Medical and sanitary report on the native army of Bombay for the year
Year: 1879
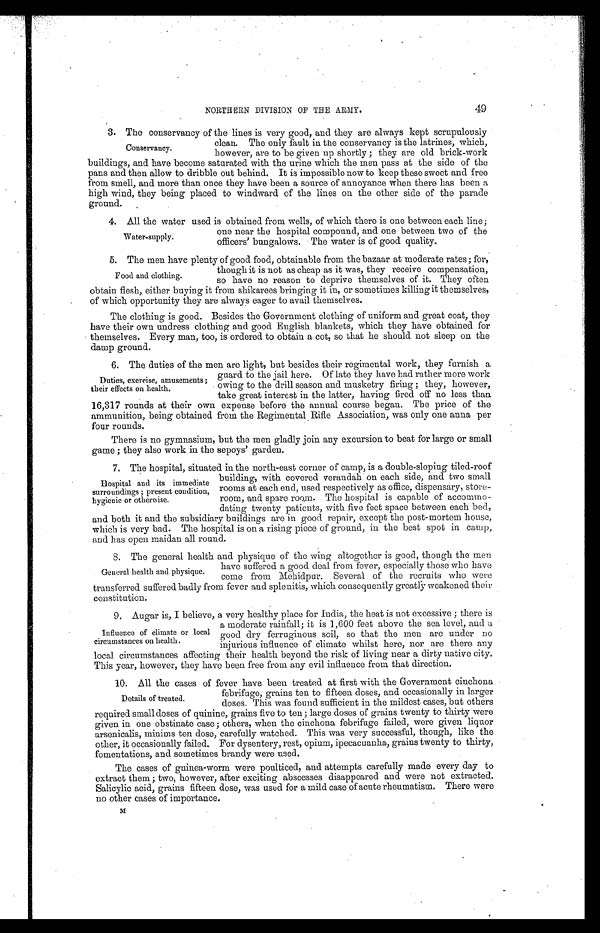
NORTHERN DIVISION OF THE ARMY.
49
3. The conservancy of the lines is very good, and they are always kept scrupulously
clean. The only fault in the conservancy is the latrines, which,
however, are to be given up shortly; they are old brick-work
buildings, and have become saturated with the urine which the men pass at the side of the
pans and then allow to dribble out behind. It is impossible now to keep these sweet and free
from smell, and more than once they have been a source of annoyance when there has been a
high wind, they being placed to windward of the lines on the other side of the parade
ground.
4. All the water used is obtained from wells, of which there is one between each line;
one near the hospital compound, and one between two of the
officers' bungalows. The water is of good quality.
5. The men have plenty of good food, obtainable from the bazaar at moderate rates; for,
though it is not as cheap as it was, they receive compensation,
so have no reason to deprive themselves of it. They often
obtain flesh, either buying it from shikarees bringing it in, or sometimes killing it themselves,
of which opportunity they are always eager to avail themselves.
The clothing is good. Besides the Government clothing of uniform and great coat, they
have their own undress clothing and good English blankets, which they have obtained for
themselves. Every man, too, is ordered to obtain a cot, so that he should not sleep on the
damp ground.
6. The duties of the men are light, but besides their regimental work, they furnish a
guard to the jail here. Of late they have had rather more work
owing to the drill season and musketry firing; they, however,
take great interest in the latter, having fired off no less than
16,317 rounds at their own expense before the annual course began. The price of the
ammunition, being obtained from the Regimental Rifle Association, was only one arena per
four rounds.
There is no gymnasium, but the men gladly join any excursion to beat for large or small
game; they also work in the sepoys' garden.
7. The hospital, situated in the north-east corner of camp, is a double-sloping tiled-roof
building, with covered verandah on each side, and two small
rooms at each end, used respectively as office, dispensary, store-
-room, and spare room. The hospital is , capable of accommo-
dating twenty patients, with five feet space between each bed,
and both it and the subsidiary buildings are in good repair, except the post-mortem house,
which is very bad. The hospital is on a rising piece of ground, in the best spot in camp,
and has open maidan all round.
8. The general health and physique of the wing altogether is good, though the men
have suffered a good deal from fever, especially those who have
come from Mehidpur. Several of the recruits who were
transferred suffered badly from fever and splenitis, which consequently greatly weakened their
constitution.
9. Augar is, I believe, a very healthy place for India, the heat is not excessive; there is
a moderate rainfall; it is 1,600 feet above the sea level, and a
good dry ferruginous soil, so that the men are under no
injurious influence of climate whilst here, nor are there any
local circumstances affecting their health beyond the risk of living near a dirty native city.
This year, however, they have been free from any evil influence from that direction.
10. All the cases of fever have been treated at first with the Government cinchona
febrifuge, grains ten to fifteen doses, and occasionally in larger
doses. This was found sufficient in the mildest cases, but others
required small doses of quinine, grains five to ten; large doses of grains twenty to thirty were
given in one obstinate case; others, when the cinchona febrifuge failed, were given liquor
arsenicalis, minims ten dose, carefully watched. This was very successful, though, like the
other, it occasionally failed. For dysentery, rest, opium, ipecacuanha, grains twenty to thirty,
fomentations, and sometimes brandy were used.
The cases of guinea-worm were poulticed, and attempts carefully made every day to
extract them; two, however, after exciting abscesses disappeared and were not extracted.
Salicylic acid, grains fifteen dose, was used for a mild case of acute rheumatism. There were
no other cases of importance.
M
Conservancy.
Water-supply.
Food and clothing.
Duties, exercise, amusements;
their effects on health.
Hospital and its immediate
surroundings; present condition,
hygienic or otherwise.
General health and physique.
Influence of climate or local
circumstances on health.
Details of treated.